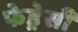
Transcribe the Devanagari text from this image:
फेड्रेसी